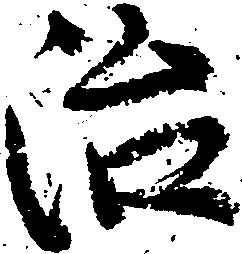
治